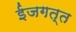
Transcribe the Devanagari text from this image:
ईजगत्त